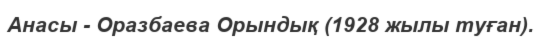
Анасы - Оразбаева Орындық (1928 жылы туған).